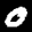
Label: 0